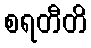
စရတီတိ